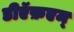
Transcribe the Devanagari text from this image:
डीऍफ़एम्